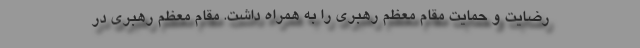
رضایت و حمایت مقام معظم رهبری را به همراه داشت. مقام معظم رهبری در